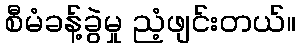
စီမံခန့်ခွဲမှု ညံ့ဖျင်းတယ်။